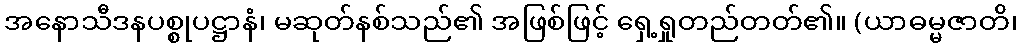
အနောသီဒနပစ္စုပဋ္ဌာနံ၊ မဆုတ်နစ်သည်၏ အဖြစ်ဖြင့် ရှေ့ရှုတည်တတ်၏။ (ယာဓမ္မဇာတိ၊